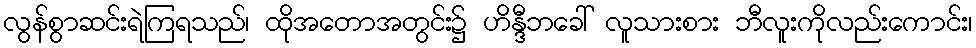
လွန်စွာဆင်းရဲကြရသည်၊ ထိုအတောအတွင်း၌ ဟိန္ဒီဘခေါ် လူသားစား ဘီလူးကိုလည်းကောင်း၊